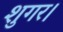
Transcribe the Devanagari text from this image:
शुगर।